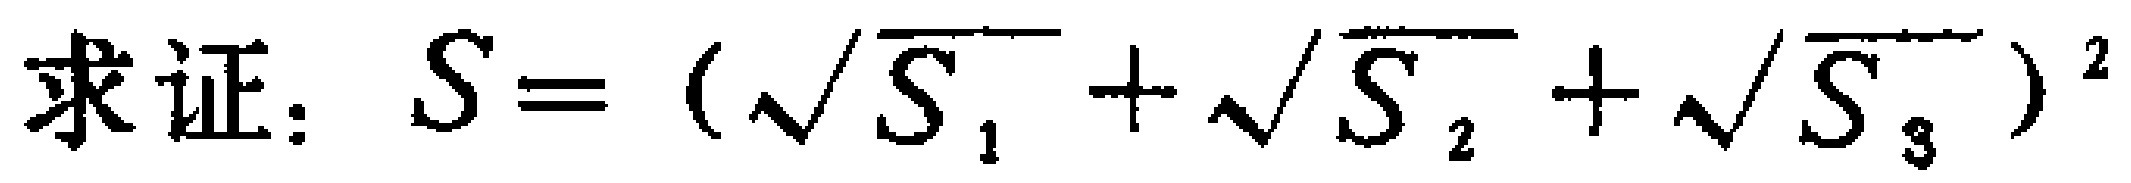
求证：$S = (\sqrt{S_{1}} + \sqrt{S_{2}} + \sqrt{S_{3}})^2$